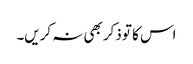
اس کا تو ذکر بھی نہ کریں۔